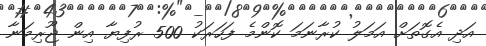
އަދި އެގޮތަށް އަމަލު ކުރާނަމަ ކޮންމެ ފަހަރަކު 500 ރުފިޔާ އިން ޖޫރިމަނާ